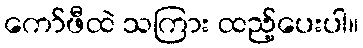
ကော်ဖီထဲ သကြား ထည့်ပေးပါ။